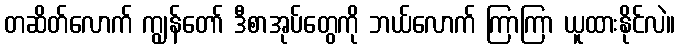
တဆိတ်လောက် ကျွန်တော် ဒီစာအုပ်တွေကို ဘယ်လောက် ကြာကြာ ယူထားနိုင်လဲ။